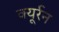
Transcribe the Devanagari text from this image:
क्यूर्रन